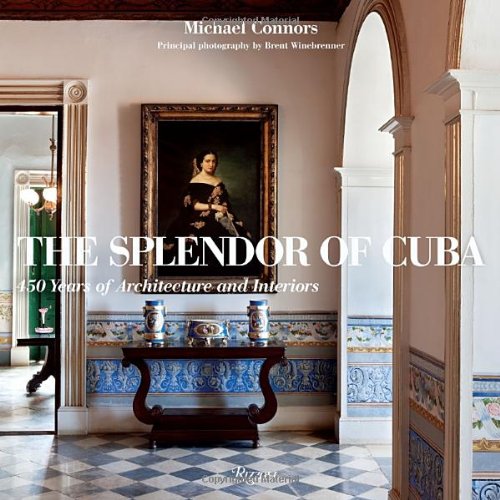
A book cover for The Splendor of Cuba: 450 Years of Architecture and Interiors; Michael Connors; Crafts, Hobbies & Home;